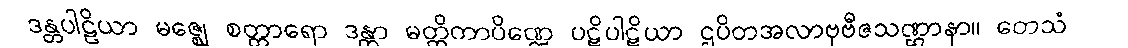
ဒန္တပါဠိယာ မဇ္ဈေ စတ္တာရော ဒန္တာ မတ္တိကာပိဏ္ဍေ ပဋိပါဋိယာ ဌပိတအလာဗုဗီဇသဏ္ဌာနာ။ တေသံ